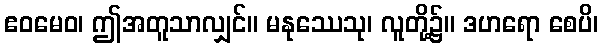
ဧဝမေဝ၊ ဤအတူသာလျှင်။ မနုဿေသု၊ လူတို့၌။ ဒဟရော စေပိ၊